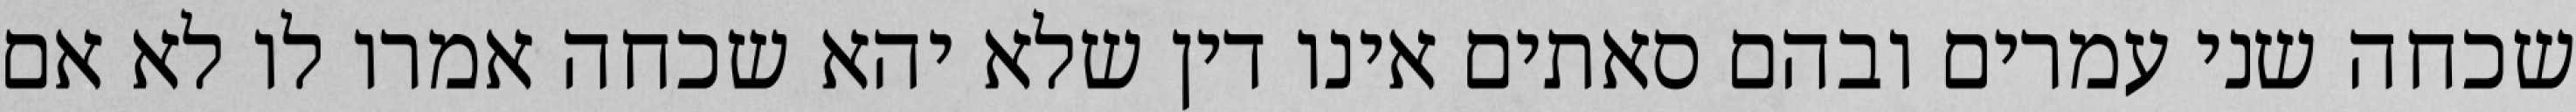
שכחה שני עמרים ובהם סאתים אינו דין שלא יהא שכחה אמרו לו לא אם